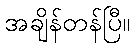
အချိန်တန်ပြီ။